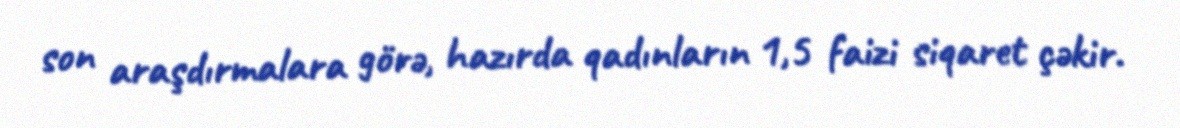
son araşdırmalara görə, hazırda qadınların 1,5 faizi siqaret çəkir.